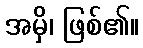
အမှိ၊ ဖြစ်၏။